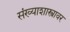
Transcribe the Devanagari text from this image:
संख्याशास्त्रावर